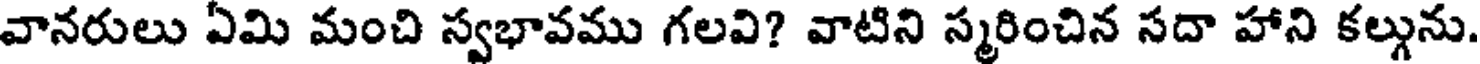
వానరులు ఏమి మంచి స్వభావము గలవి? వాటిని స్మరించిన సదా హాని కల్గును